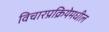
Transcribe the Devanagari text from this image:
विचारप्रक्रियेमधील